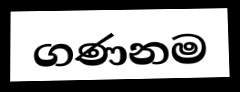
ගණනම